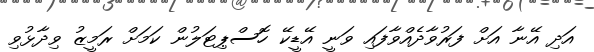
އަދި އޭނާ އަށް ފަރުވާދެއްވާފައި ވަނީ އޭޑީކޭ ހޮސްޕިޓަލުން ކަމަށް ރަމީޒު ވިދާޅުވި